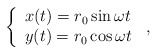
\begin{align*}\left\{ \begin{array}{ll}x(t)=r_{0}\sin\omega{t} \\y(t)=r_{0}\cos\omega{t}\end{array}\right.\,{,}\end{align*}